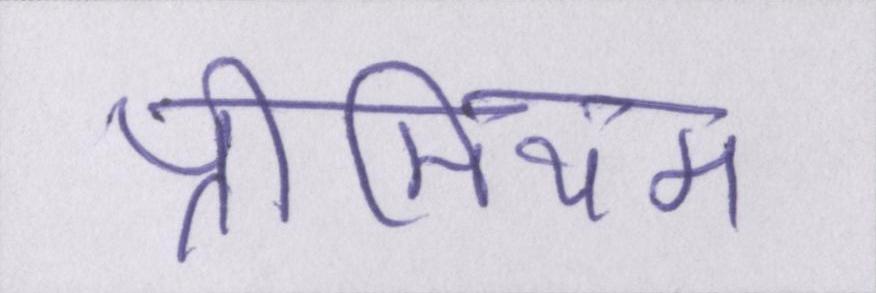
प्रीमियम